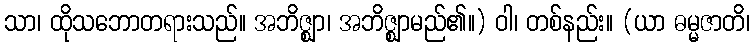
သာ၊ ထိုသဘောတရားသည်။ အဘိဇ္ဈာ၊ အဘိဇ္ဈာမည်၏။) ဝါ၊ တစ်နည်း။ (ယာ ဓမ္မဇာတိ၊